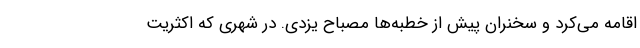
اقامه می‌کرد و سخنران پیش از خطبه‌ها مصباح یزدی. در شهری که اکثریت